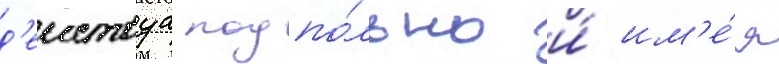
д'еиствуа подпо́льно и́ им'е́я